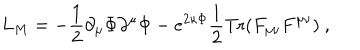
LaTeX: L _ { M } = - \frac { 1 } { 2 } \partial _ { \mu } \Phi \partial ^ { \mu } \Phi - e ^ { 2 \kappa \Phi } \frac { 1 } { 2 } \mathrm { T r } ( F _ { \mu \nu } F ^ { \mu \nu } ) \ ,